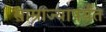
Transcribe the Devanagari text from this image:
साम्राज्यापर्यंत